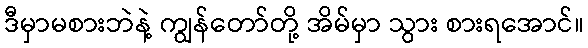
ဒီမှာမစားဘဲနဲ့ ကျွန်တော်တို့ အိမ်မှာ သွား စားရအောင်။